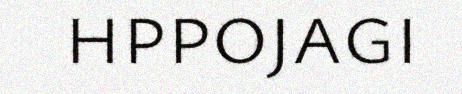
hppojagi